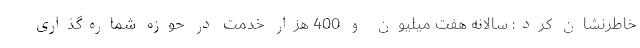
خاطرنشان کرد: سالانه هفت میلیون و 400 هزار خدمت در حوزه شماره‌گذاری